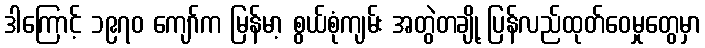
ဒါကြောင့် ၁၉၇၀ ကျော်က မြန်မာ့ စွယ်စုံကျမ်း အတွဲတချို့ ပြန်လည်ထုတ်ဝေမှုတွေမှာ